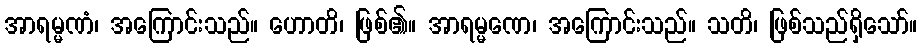
အာရမ္မဏံ၊ အကြောင်းသည်။ ဟောတိ၊ ဖြစ်၏။ အာရမ္မဏေ၊ အကြောင်းသည်။ သတိ၊ ဖြစ်သည်ရှိသော်။